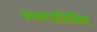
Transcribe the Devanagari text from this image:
वनस्पतिविद